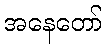
အနေတော်